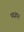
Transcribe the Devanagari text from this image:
परज्ञान